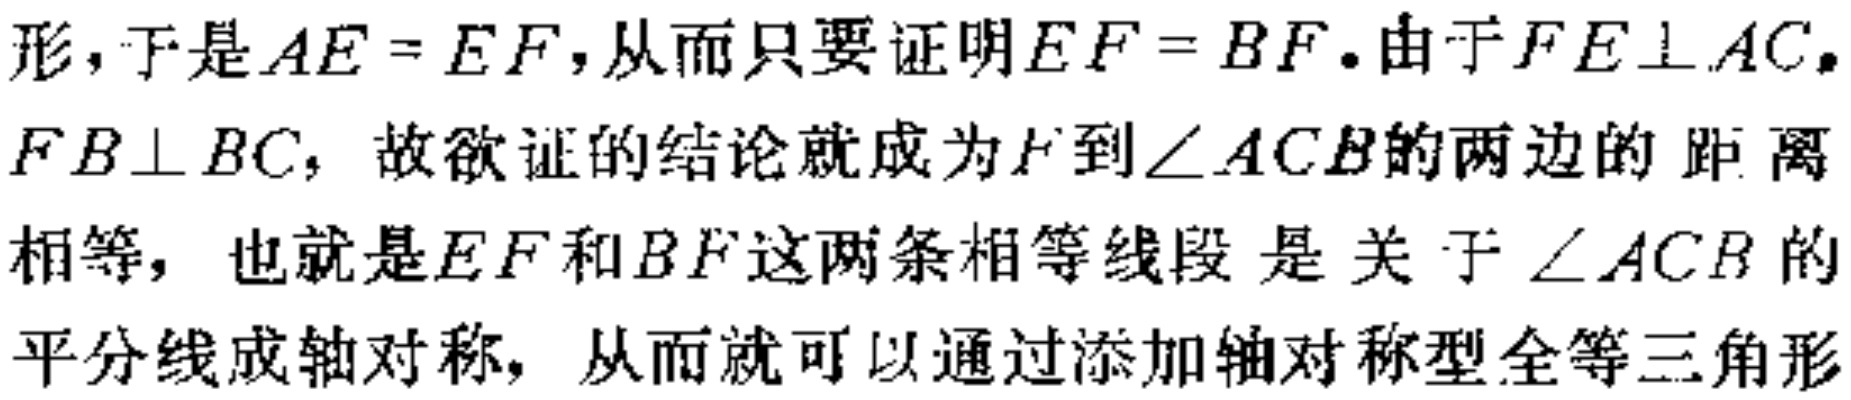
形，于是\(AE = EF\)，从而只要证明\(EF = BF\)。由于\(FE\perp AC\)，\(FB\perp BC\)，故欲证的结论就成为\(F\)到\(\angle ACB\)的两边的距离相等，也就是\(EF\)和\(BF\)这两条相等线段 是 关于\(\angle ACB\)的平分线成轴对称，从而就可以通过添加轴对称型全等三角形